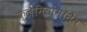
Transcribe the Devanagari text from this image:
क्लैमिडोमॉनैस